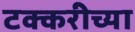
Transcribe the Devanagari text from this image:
टक्करीच्या